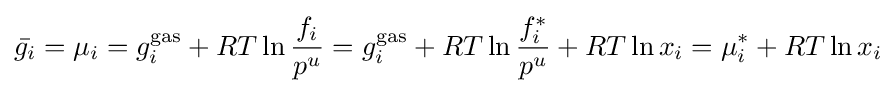
{\bar {g_{i}}}=\mu _{i}=g_{i}^{\mathrm {gas} }+RT\ln {\frac {f_{i}}{p^{u}}}=g_{i}^{\mathrm {gas} }+RT\ln {\frac {f_{i}^{*}}{p^{u}}}+RT\ln x_{i}=\mu _{i}^{*}+RT\ln x_{i}